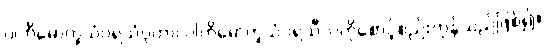
ပါတိမောက္ခသံဝရသံဝုတာ၊ ပါတိမောက္ခသံဝရသီလကိုစောင့်စည်းကုန်သည်ဖြစ်၍။